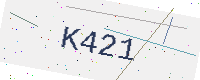
Text: K421